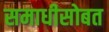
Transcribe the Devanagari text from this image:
समाधीसोबत